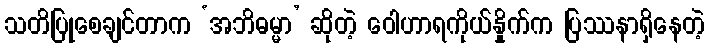
သတိပြုစေချင်တာက ‘အဘိဓမ္မာ’ ဆိုတဲ့ ဝေါဟာရကိုယ်နှိုက်က ပြဿနာရှိနေတဲ့